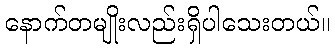
နောက်တမျိုးလည်းရှိပါသေးတယ်။